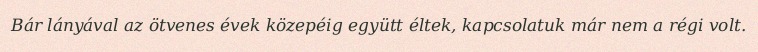
Bár lányával az ötvenes évek közepéig együtt éltek, kapcsolatuk már nem a régi volt.